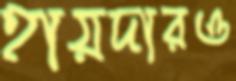
হায়দারও